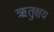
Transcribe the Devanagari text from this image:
ऋतुक्षय